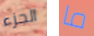
الجزء ما